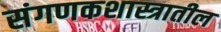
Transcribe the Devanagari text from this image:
संगणकशास्त्रातील